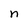
Character: n